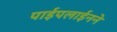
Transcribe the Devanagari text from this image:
पाईपलाईनने